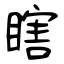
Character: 瞎